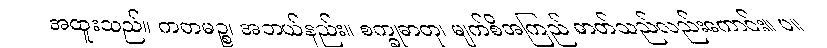
အထူးသည်။ ကတမဉ္စ၊ အဘယ်နည်း။ စက္ခုဓာတု၊ မျက်စိအကြည် ဓာတ်သည်လည်းကောင်း။ ပ။